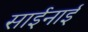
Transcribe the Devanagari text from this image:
साईनाई